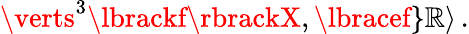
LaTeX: \verts^{3}\lbrackf\rbrackX,\lbracef\rbrace\mathbb{R}\rangle\, .